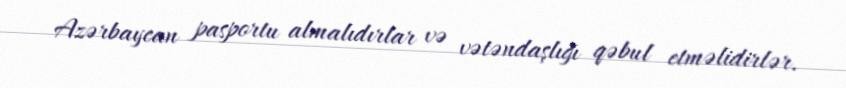
Azərbaycan pasportu almalıdırlar və vətəndaşlığı qəbul etməlidirlər.